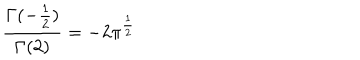
\frac { \Gamma ( - \frac { 1 } { 2 } ) } { \Gamma ( 2 ) } = - 2 \pi ^ { \frac { 1 } { 2 } }